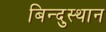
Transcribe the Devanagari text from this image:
बिन्दुस्थान